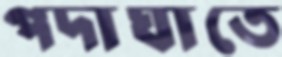
পদাঘাতে